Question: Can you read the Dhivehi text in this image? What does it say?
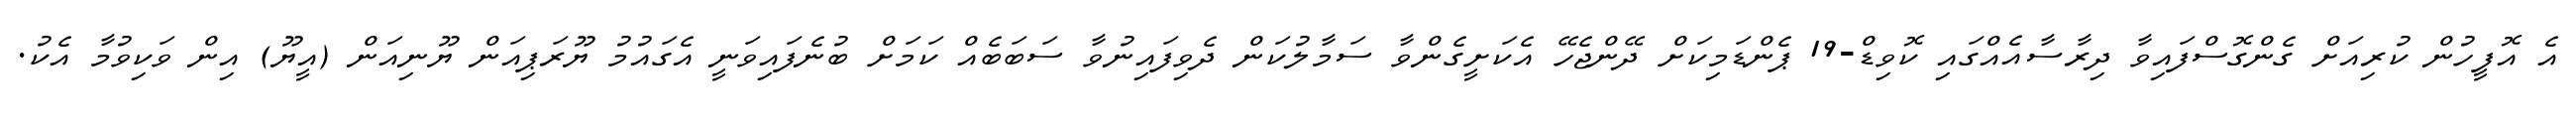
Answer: އެ އޮފީހުން ކުރިއަށް ގެންގޮސްފައިވާ ދިރާސާއެއްގައި ކޮވިޑް-19 ޕެންޑަމިކަށް ދޭންޖެހޭ އެކަށީގެންވާ ސަމާލުކަން ދެވިފައިނުވާ ސަބަބެއް ކަމަށް ބުނެފައިވަނީ އެގައުމު ޔޫރަޕިއަން ޔޫނިއަން (އީޔޫ) އިން ވަކިވުމާ އެކު.